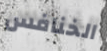
الخنافس